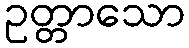
ဥတ္တာသော